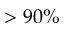
> 9 0 \%